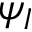
\psi _ { I }